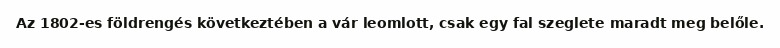
Az 1802-es földrengés következtében a vár leomlott, csak egy fal szeglete maradt meg belőle.